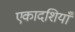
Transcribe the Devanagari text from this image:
एकादशियाँ